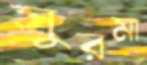
সুরমা